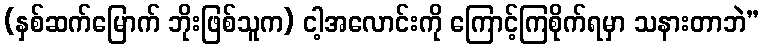
(နှစ်ဆက်မြောက် ဘိုးဖြစ်သူက) ငါ့အလောင်းကို ကြောင့်ကြစိုက်ရမှာ သနားတာဘဲ”